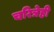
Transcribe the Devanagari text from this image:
चरित्रेही